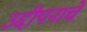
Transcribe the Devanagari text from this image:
उद्दीपनाचे